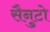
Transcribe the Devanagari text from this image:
सैनुटो